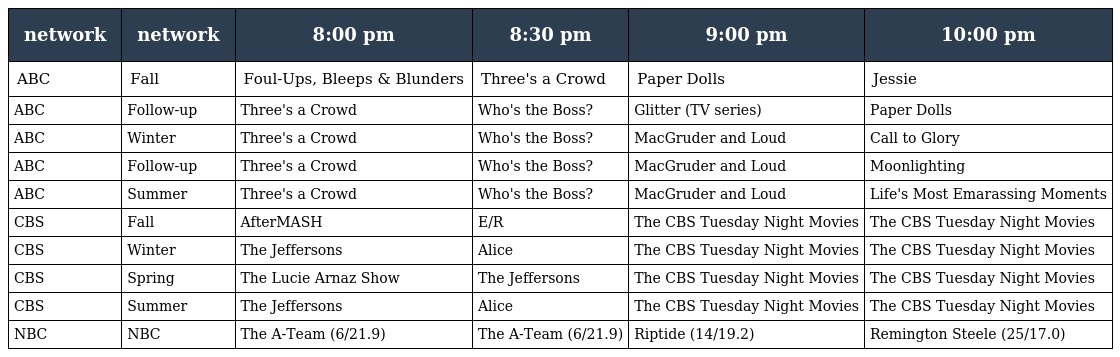
| network | network | 8:00 pm | 8:30 pm | 9:00 pm | 10:00 pm |
 | --- | --- | --- | --- | --- | --- |
 | ABC | Fall | Foul-Ups, Bleeps & Blunders | Three's a Crowd | Paper Dolls | Jessie |
 | ABC | Follow-up | Three's a Crowd | Who's the Boss? | Glitter (TV series) | Paper Dolls |
 | ABC | Winter | Three's a Crowd | Who's the Boss? | MacGruder and Loud | Call to Glory |
 | ABC | Follow-up | Three's a Crowd | Who's the Boss? | MacGruder and Loud | Moonlighting |
 | ABC | Summer | Three's a Crowd | Who's the Boss? | MacGruder and Loud | Life's Most Emarassing Moments |
 | CBS | Fall | AfterMASH | E/R | The CBS Tuesday Night Movies | The CBS Tuesday Night Movies |
 | CBS | Winter | The Jeffersons | Alice | The CBS Tuesday Night Movies | The CBS Tuesday Night Movies |
 | CBS | Spring | The Lucie Arnaz Show | The Jeffersons | The CBS Tuesday Night Movies | The CBS Tuesday Night Movies |
 | CBS | Summer | The Jeffersons | Alice | The CBS Tuesday Night Movies | The CBS Tuesday Night Movies |
 | NBC | NBC | The A-Team (6/21.9) | The A-Team (6/21.9) | Riptide (14/19.2) | Remington Steele (25/17.0) |